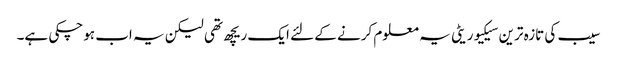
سیب کی تازہ ترین سیکیوریٹی یہ معلوم کرنے کے لئے ایک ریچھ تھی لیکن یہ اب ہوچکی ہے۔